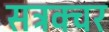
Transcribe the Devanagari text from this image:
सट्रक्चर